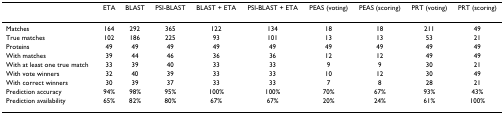
<table><thead><tr><td>[EMPTY_CELL]</td><td><b>ETA</b></td><td><b>BLAST</b></td><td><b>PSI-BLAST</b></td><td><b>BLAST + ETA</b></td><td><b>PSI-BLAST + ETA</b></td><td><b>PEAS (voting)</b></td><td><b>PEAS (scoring)</b></td><td><b>PRT (voting)</b></td><td><b>PRT (scoring)</b></td></tr></thead><tbody><tr><td>Matches</td><td>164</td><td>292</td><td>365</td><td>122</td><td>134</td><td>18</td><td>18</td><td>211</td><td>49</td></tr><tr><td>True matches</td><td>102</td><td>186</td><td>225</td><td>93</td><td>101</td><td>13</td><td>13</td><td>53</td><td>21</td></tr><tr><td>Proteins</td><td>49</td><td>49</td><td>49</td><td>49</td><td>49</td><td>49</td><td>49</td><td>49</td><td>49</td></tr><tr><td>With matches</td><td>39</td><td>44</td><td>46</td><td>36</td><td>36</td><td>12</td><td>12</td><td>49</td><td>49</td></tr><tr><td>With at least one true match</td><td>33</td><td>39</td><td>40</td><td>33</td><td>33</td><td>9</td><td>9</td><td>30</td><td>21</td></tr><tr><td>With vote winners</td><td>32</td><td>40</td><td>39</td><td>33</td><td>33</td><td>10</td><td>12</td><td>30</td><td>49</td></tr><tr><td>With correct winners</td><td>30</td><td>39</td><td>37</td><td>33</td><td>33</td><td>7</td><td>8</td><td>28</td><td>21</td></tr><tr><td>Prediction accuracy</td><td>94%</td><td>98%</td><td>95%</td><td>100%</td><td>100%</td><td>70%</td><td>67%</td><td>93%</td><td>43%</td></tr><tr><td>Prediction availability</td><td>65%</td><td>82%</td><td>80%</td><td>67%</td><td>67%</td><td>20%</td><td>24%</td><td>61%</td><td>100%</td></tr></tbody></table>